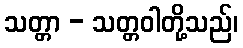
သတ္တာ - သတ္တဝါတို့သည်၊